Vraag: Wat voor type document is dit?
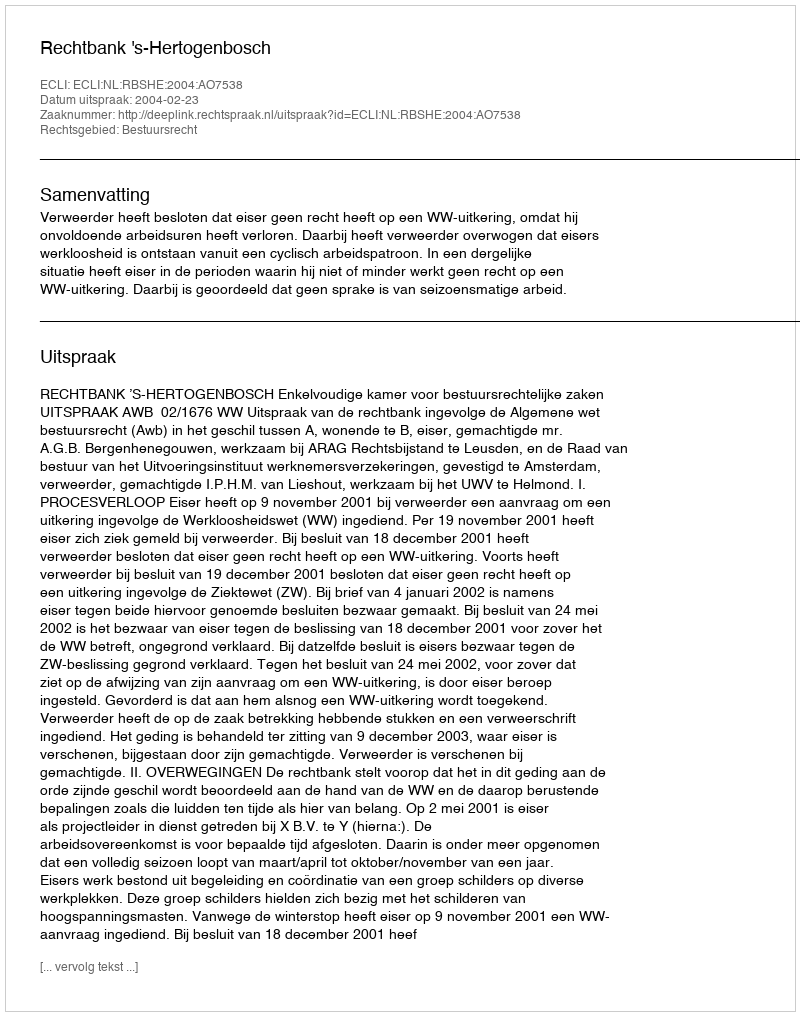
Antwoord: Uitspraak